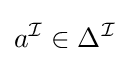
a^{\mathcal {I}}\in \Delta ^{\mathcal {I}}